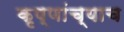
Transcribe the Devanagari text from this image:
कृष्णांच्याच